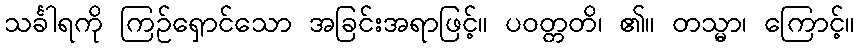
သင်္ခါရကို ကြဉ်ရှောင်သော အခြင်းအရာဖြင့်။ ပဝတ္တတိ၊ ၏။ တသ္မာ၊ ကြောင့်။